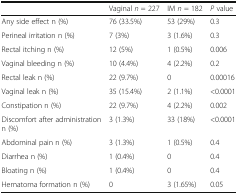
|  | Vaginal n = 227 | IM n = 182 | P value |
 | --- | --- | --- | --- |
 | Any side effect n (%) | 76 (33.5%) | 53 (29%) | 0.3 |
 | Perineal irritation n (%) | 7 (3%) | 3 (1.6%) | 0.3 |
 | Rectal itching n (%) | 12 (5%) | 1 (0.5%) | 0.006 |
 | Vaginal bleeding n (%) | 10 (4.4%) | 4 (2.2%) | 0.2 |
 | Rectal leak n (%) | 22 (9.7%) | 0 | 0.00016 |
 | Vaginal leak n (%) | 35 (15.4%) | 2 (1.1%) | <0.0001 |
 | Constipation n (%) | 22 (9.7%) | 4 (2.2%) | 0.002 |
 | Discomfort after administration n (%) | 3 (1.3%) | 33 (18%) | <0.0001 |
 | Abdominal pain n (%) | 3 (1.3%) | 1 (0.5%) | 0.4 |
 | Diarrhea n (%) | 1 (0.4%) | 0 | 0.4 |
 | Bloating n (%) | 1 (0.4%) | 0 | 0.4 |
 | Hematoma formation n (%) | 0 | 3 (1.65%) | 0.05 |